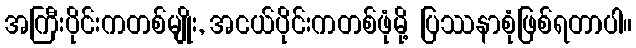
အကြီးပိုင်းကတစ်မျိုး, အငယ်ပိုင်းကတစ်ဖုံမို့ ပြဿနာစုံဖြစ်ရတာပါ။